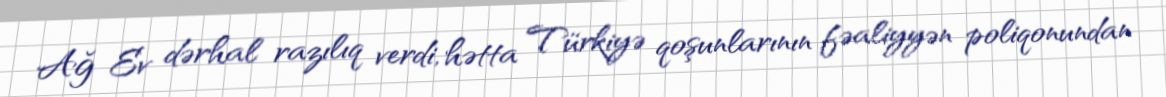
Ağ Ev dərhal razılıq verdi, hətta Türkiyə qoşunlarının fəaliyyən poliqonundan